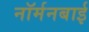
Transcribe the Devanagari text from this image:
नॉर्मनबाई